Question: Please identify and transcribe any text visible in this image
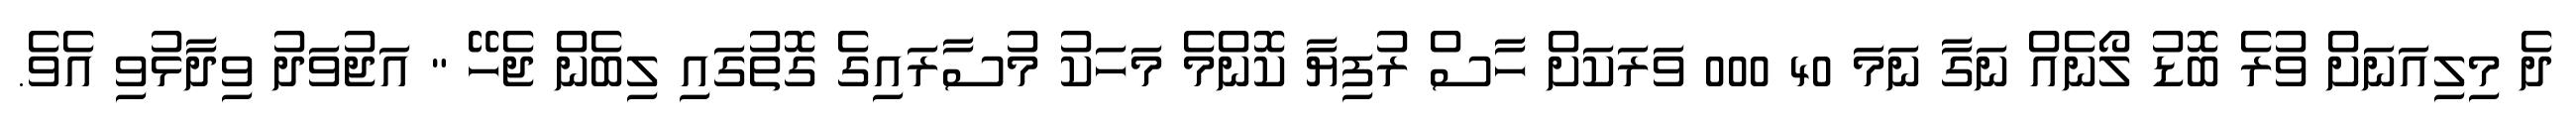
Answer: ދެ މިލިއަނަށް ވުރެ ބޮޑު ލޯނެއް ނަގާ ނަމަ 40 000 ވަރަކަށް ހާސް ރުފިޔާ ކޮންމެ މަހަކު މުސާރައިގެ ގޮތުގައި ލިބެން ޖެހޭ " އަޖުވަދު ވިދާޅުވި އެވެ.